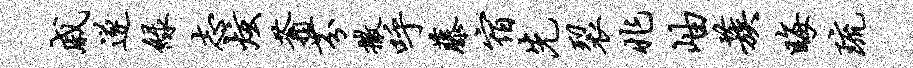
戚遂绿志炫蓊芬撒呼藤宿先裂兆岫蔟晦琉